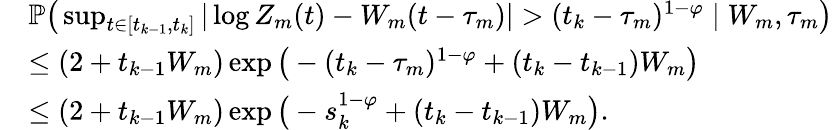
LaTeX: \begin{array}{rl}&{\mathbb{P}\big(\operatorname*{sup}_{t\in[t_{k-1},t_{k}]}|\log Z_{m}(t)-W_{m}(t-\tau_{m})|>(t_{k}-\tau_{m})^{1-\varphi}\mid W_{m},\tau_{m}\big)}\\ &{\leq(2+t_{k-1}W_{m})\exp\big(-(t_{k}-\tau_{m})^{1-\varphi}+(t_{k}-t_{k-1})W_{m}\big)}\\ &{\leq(2+t_{k-1}W_{m})\exp\big(-s_{k}^{1-\varphi}+(t_{k}-t_{k-1})W_{m}\big).}\end{array}